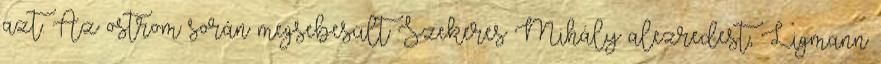
azt. Az ostrom során megsebesült Szekeres Mihály alezredest, Ligmann